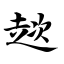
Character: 趑